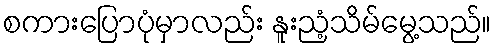
စကားပြောပုံမှာလည်း နူးညံ့သိမ်မွေ့သည်။